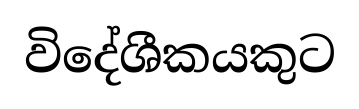
විදේශීකයකුට